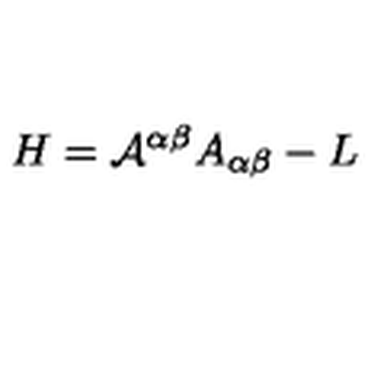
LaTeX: H = { \cal { A } } ^ { \alpha \beta } A _ { \alpha \beta } - L